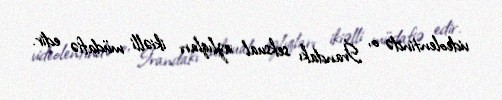
videolentində o, İrandakı seksual azlıqları ikiəlli müdafiə edir.